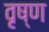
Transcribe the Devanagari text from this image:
वृष्ण